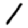
Digit: 1